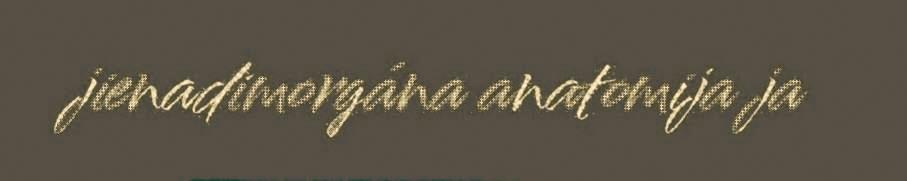
jienadimorgána anatomija ja